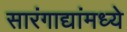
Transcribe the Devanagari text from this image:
सारंगाद्यांमध्ये